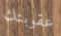
عقوبتك